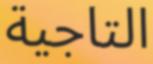
التاجية